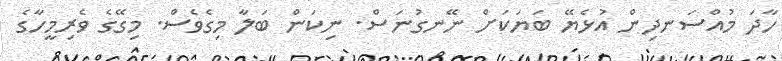
ހާދަ މުއްސަނދިން އުޅެޔޭ ބަޔަކަށް ނޭނގުނަސް. ނިކަން ބަލާ މިގެވެސް. މިގޭގެ ވެރިމީހާގެ